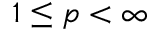
1 \le p < \infty